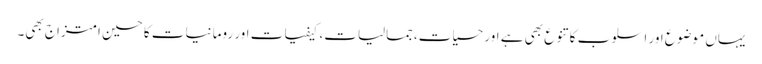
یہاں موضوع اور اسلوب کا تنوع بھی ہے اور حسیات،جمالیات، کیفیات اور رومانیات کا حسین امتزاج بھی۔